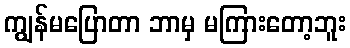
ကျွန်မပြောတာ ဘာမှ မကြားတော့ဘူး